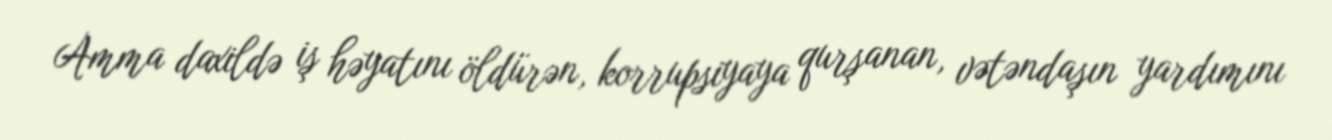
Amma daxildə iş həyatını öldürən, korrupsiyaya qurşanan, vətəndaşın yardımını